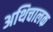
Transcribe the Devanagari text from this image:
अथिचालक